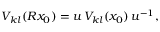
V _ { k l } ( R x _ { 0 } ) = u \, V _ { k l } ( x _ { 0 } ) \, u ^ { - 1 } ,